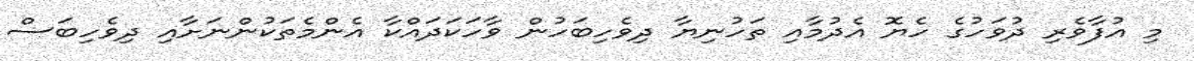
މި އުފާވެރި ދުވަހުގެ ހެޔޮ އެދުމާއި ތަހުނިޔާ ދިވެހިބަހުން ވާހަކަދައްކާ އެންމެތަކުންނަށާއި ދިވެހިބަސް